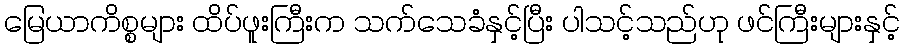
မြေယာကိစ္စများ ထိပ်ဖူးကြီးက သက်သေခံနှင့်ပြီး ပါသင့်သည်ဟု ဖင်ကြီးများနှင့်